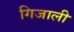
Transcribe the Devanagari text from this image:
गिजाली